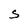
Character: S